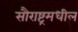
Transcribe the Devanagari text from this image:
सौराष्ट्रमधील